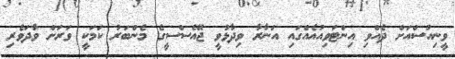
ވީނިއުސްއަށް ދެއްވި އިންޓަވިއުއެއްގައި އަނާރާ ވިދާޅުވީ ޖޭއެސްސީގެ މެންބަރު ކަމަކީ ވަަރަށް ވާދަވެރި